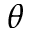
\theta